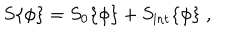
S \{ \phi \} = S _ { 0 } \{ \phi \} + S _ { \mathrm { i n t } } \{ \phi \} \; ,